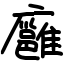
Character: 廱